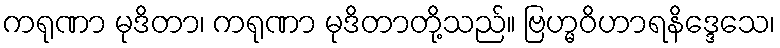
ကရုဏာ မုဒိတာ၊ ကရုဏာ မုဒိတာတို့သည်။ ဗြဟ္မဝိဟာရနိဒ္ဒေသေ၊